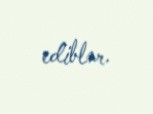
ediblər.